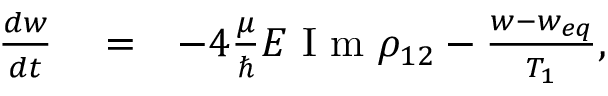
\begin{array} { r l r } { \frac { d w } { d t } } & { { } = } & { - 4 \frac { \mu } { \hbar } E \textrm { I m } \rho _ { 1 2 } - \frac { w - w _ { e q } } { T _ { 1 } } , } \end{array}